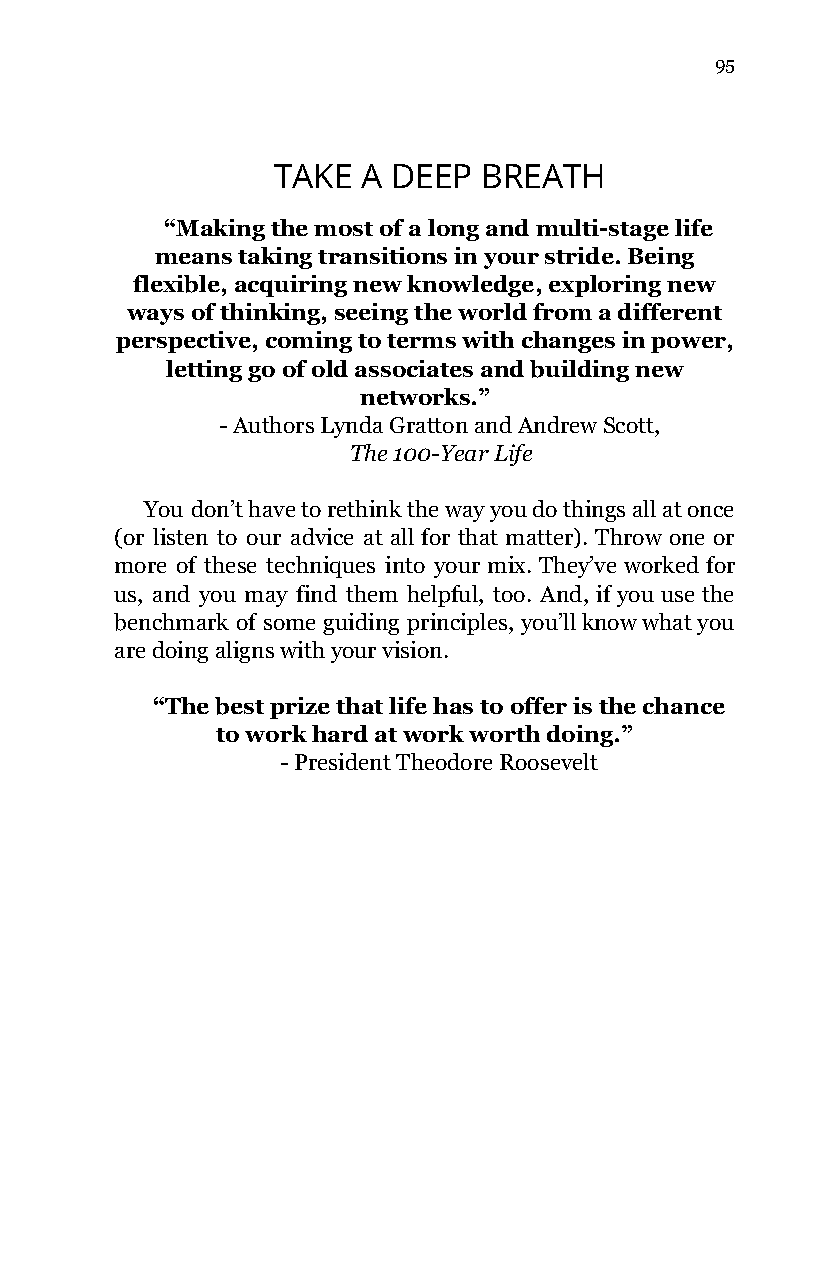
95
 TAKE  A DEEP  BREATH
 “Making the most of a long and multi-stage life
 means taking transitions in your stride. Being
 flexible, acquiring new knowledge, exploring new
 ways of thinking, seeing the world from a different
 perspective, coming to terms with changes in power,
 letting go of old associates and building new
 networks.”
 - Authors Lynda Gratton and Andrew Scott,
 The 100-Year Life
 ​
 You don’t have to rethink the way you do things all at once
 (or listen to our advice at all for that matter). Throw one or
 more of these techniques into your mix. They’ve worked for
 us, and you may find them helpful, too. And, if you use the
 benchmark of some guiding principles, you’ll know what you
 are doing aligns with your vision.
 “The best prize that life has to offer is the chance
 to work hard at work worth doing.”
 - President Theodore Roosevelt